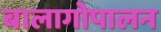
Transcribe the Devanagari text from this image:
बालागोपालन